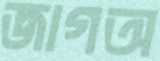
জাগঅ